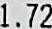
1.72